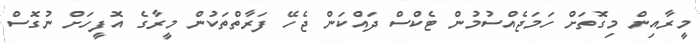
މީރާއިން މިގޮތަށް ހަމަޖެއްސުމުން ޓެކްސް ދައްކަން ޖެހޭ ފަރާތްތަކުން މީރާގެ އޮފީހަށް ނުގޮސް